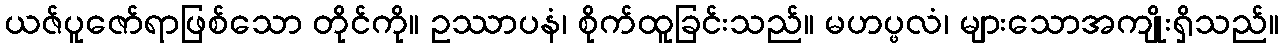
ယဇ်ပူဇော်ရာဖြစ်သော တိုင်ကို။ ဥဿာပနံ၊ စိုက်ထူခြင်းသည်။ မဟပ္ဖလံ၊ များသောအကျိုးရှိသည်။